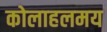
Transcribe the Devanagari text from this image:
कोलाहलमय